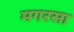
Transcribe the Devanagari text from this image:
मगरसा